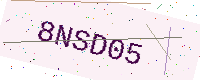
Text: 8NSD05